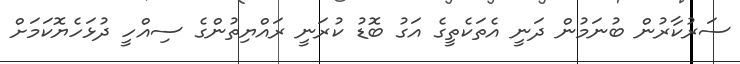
ސަރުކާރުން ބުނަމުން ދަނީ އެތަކެތީގެ އަގު ބޮޑު ކުރަނީ ރައްޔިތުންގެ ސިއްހީ ދުޅަހެޔޮކަމަށް